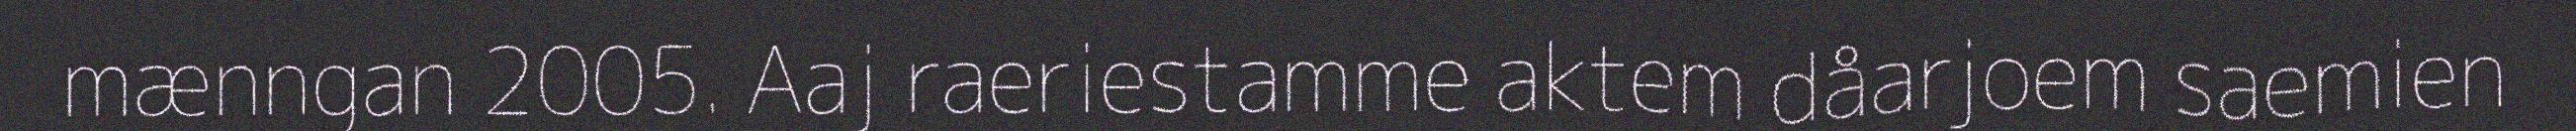
mænngan 2005. Aaj raeriestamme aktem dåarjoem saemien